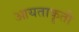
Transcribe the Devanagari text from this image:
आयताकॄती